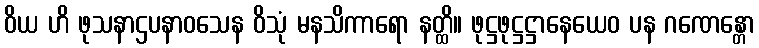
ဝိယ ဟိ ဖုသနာဌပနာဝသေန ဝိသုံ မနသိကာရော နတ္ထိ။ ဖုဋ္ဌဖုဋ္ဌဋ္ဌာနေယေဝ ပန ဂဏေန္တော